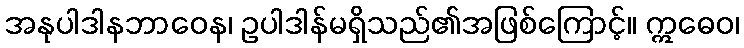
အနုပါဒါနဘာဝေန၊ ဥပါဒါန်မရှိသည်၏အဖြစ်ကြောင့်။ ဣဓေဝ၊